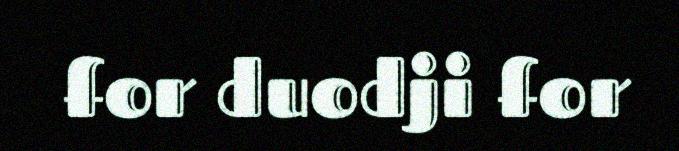
for duodji for